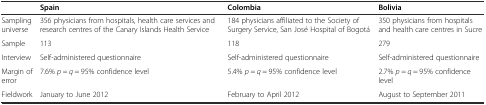
<table><thead><tr><td></td><td><b>Spain</b></td><td><b>Colombia</b></td><td><b>Bolivia</b></td></tr></thead><tbody><tr><td>Sampling universe</td><td>356 physicians from hospitals, health care services and research centres of the Canary Islands Health Service</td><td>184 physicians affiliated to the Society of Surgery Service, San José Hospital of Bogotá</td><td>350 physicians from hospitals and health care centres in Sucre</td></tr><tr><td>Sample</td><td>113</td><td>118</td><td>279</td></tr><tr><td>Interview</td><td>Self-administered questionnaire</td><td>Self-administered questionnaire</td><td>Self-administered questionnaire</td></tr><tr><td>Margin of error</td><td>7.6% <i>p</i> = <i>q</i> = 95% confidence level</td><td>5.4% <i>p</i> = <i>q</i> = 95% confidence level</td><td>2.7% <i>p</i> = <i>q</i> = 95% confidence level</td></tr><tr><td>Fieldwork</td><td>January to June 2012</td><td>February to April 2012</td><td>August to September 2011</td></tr></tbody></table>